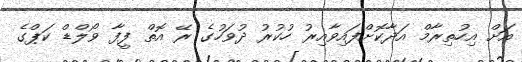
އަށް އިހުތިރާމް އަދާކޮށްފައިވާއިރު ހުކުރު ދުވަހުގެ ރޭ އޮތް ފީފާ ވޯލްޑް ކަޕްގެ